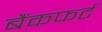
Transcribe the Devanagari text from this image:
बैंकफर्ट